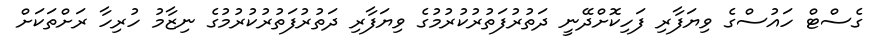
ގެސްޓް ހައުސްގެ ވިޔަފާރި ފަހިކޮށްދޭނީ ދަތުރުފަތުރުކުރުމުގެ ވިޔަފާރި ދަތުރުފަތުރުކުރުމުގެ ނިޒާމު ހުރިހާ ރަށްތަކަށް